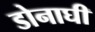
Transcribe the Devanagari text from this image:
डोनाघी